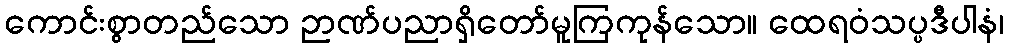
ကောင်းစွာတည်သော ဉာဏ်ပညာရှိတော်မူကြကုန်သော။ ထေရဝံသပ္ပဒီပါနံ၊